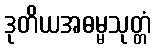
ဒုတိယအဓမ္မသုတ္တံ